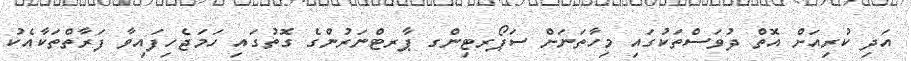
އަދި ކުރިއަށް އޮތް ދުވަސްތަކުގައި މިހާތަނަށް ސަޕޯރޓިންގ ޕާރޓްނަރުންގެ ގޮތުގައި ހަމަޖެހިފައިވާ ފަރާތްތަކާއެކު